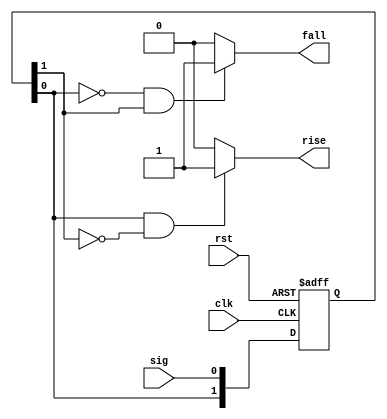
module edge_detect (
    input rst,
    input clk, 
    input sig,
    output rise,
    output fall
);

reg [1:0] sig_reg;

always @(posedge clk or posedge rst)
    if (rst == 1'b1)
        sig_reg <= 2'b00;
    else
        sig_reg <= {sig_reg[0], sig};

assign rise = sig_reg[0] == 1'b1 && sig_reg[1] == 1'b0 ? 1'b1 : 1'b0;
assign fall = sig_reg[0] == 1'b0 && sig_reg[1] == 1'b1 ? 1'b1 : 1'b0;

endmodule